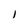
Character: 1